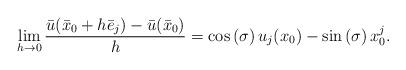
LaTeX: \begin{align*}\lim_{h\rightarrow0}\frac{\bar{u}(\bar{x}_{0}+h\bar{e}_{j})-\bar{u}(\bar{x}_{0})}{h}=\cos\left( \sigma\right) u_{j}(x_{0})-\sin\left(\sigma\right) x_{0}^{j}. \end{align*}